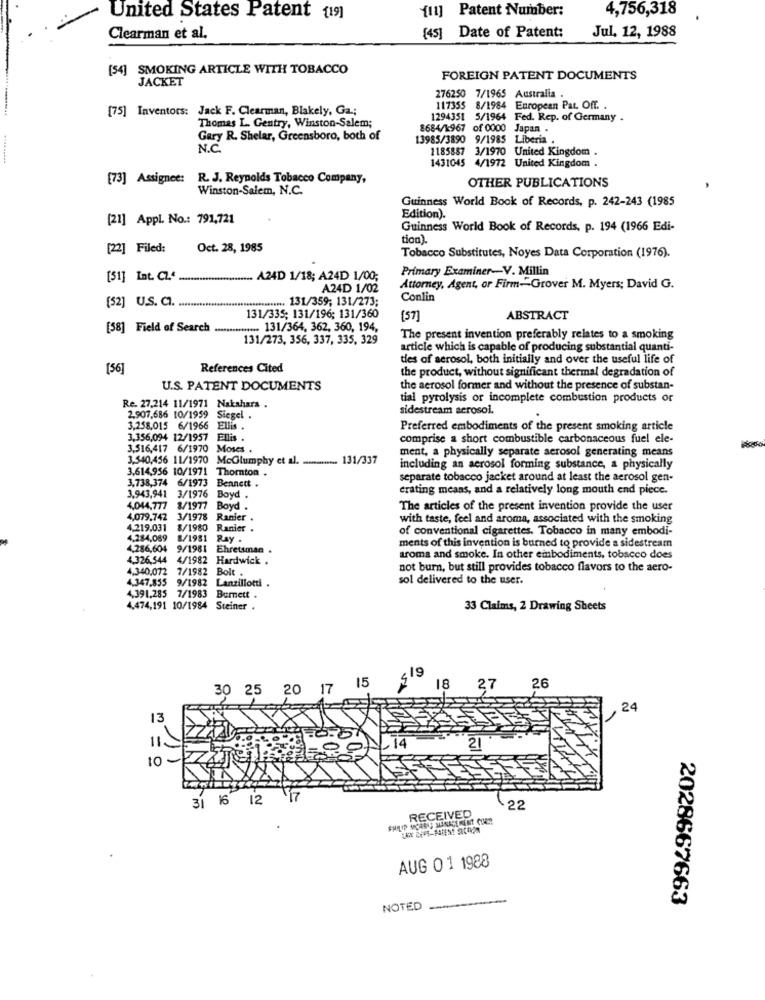
{11] Patent Number:
4,756,318
United States Patent (19]
[45] Date of Patent:
Jul. 12, 1988
Clearman et al.
[54] SMOKING ARTICLE WITH TOBACCO
JACKET
FOREIGN PATENT DOCUMENTS
276250 7/1965 Australia
[75] Inventors: Jack F. Clearman, Blakely, Ga .;
117355 8/1984 European Pat. Off. .
Thomas L. Gentry, Winston-Salem;
1294351 5/1964 Fed. Rep. of Germany .
8684/1967 of 0000 Japan .
Gary R. Shelar, Greensboro, both of
13985/3890 9/1985 Liberia .
N.C.
1185887 3/1970 United Kingdom .
1431045 4/1972 United Kingdom .
[73] Assignee:
R. J. Reynolds Tobacco Company,
OTHER PUBLICATIONS
Winston-Salem, N.C.
Guinness World Book of Records, p. 242-243 (1985
[21] Appl. No .: 791,721
Edition).
Guinness World Book of Records, p. 194 (1966 Edi-
tion).
[22] Filed:
Oct. 28, 1985
Tobacco Substitutes, Noyes Data Corporation (1976).
Primary Examiner-V. Millin
[51] Int. CZ .. .........................
.. A24D 1/18; A24D 1/00;
A24D 1/02
Attorney, Agent, or Firm-Grover M. Myers; David G.
[52] U.S. C.
.. 131/359; 131/273;
Conlin
131/335; 131/196; 131/360
(57]
ABSTRACT
[58] Field of Search .
131/364, 362, 360, 194,
131/273, 356, 337, 335, 329
The present invention preferably relates to a smoking
article which is capable of producing substantial quanti-
ties of aerosol, both initially and over the useful life of
[56]
References Cited
the product, without significant thermal degradation of
U.S. PATENT DOCUMENTS
the aerosol former and without the presence of substan-
tial pyrolysis or incomplete combustion products or
Re. 27,214 11/1971 Nakahara .
sidestream aerosol.
2,907,686 10/1959 Siegel .
3,258,015 6/1966
EUDs .
Preferred embodiments of the present smoking article
3.356,094 12/1957 Ellis .
comprise a short combustible carbonaceous fuel ele-
3,516,417 6/1970 Moses .
3,540,456 11/1970 McGlumphy et al. .......... 131/337
ment, a physically separate aerosol generating means
3,614,956 10/1971
Thornton .
including an aerosol forming substance, a physically
3.738,374 6/1973
separate tobacco jacket around at least the aerosol gen-
Boyd
Bennett .
crating means, and a relatively long mouth end piece.
3.943,941 3/1976
4,044,777 8/1977 Boyd
The articles of the present invention provide the user
4,079.742
3/1978
Ranier .
with taste, feel and aroma, associated with the smoking
4.219,031
8/1980
Ranier .
of conventional cigarettes. Tobacco in many embodi-
4,284,089 8/1981 Ray .
4,286,604
9/1981
Ehretiman
ments of this invention is burned to provide a sidestream
4.326,544
4/1982
Hardwick .
aroma and smoke. In other embodiments, tobacco does
4.340,072
7/1982
Bolt
not burn, but still provides tobacco flavors to the aero-
4.347.855 9/1982 Lanzillotti .
sol delivered to the user.
4,391,285
7/1983
Burnett .
4.474,191 10/1984 Steiner .
33 Claims, 2 Drawing Sheets
19
30
25
20
17
15
18
27
26
24
13
11>
10 -
31 16 12
17
RECEIVED
22
AUG 01 1988
-
2028667663
NOTED